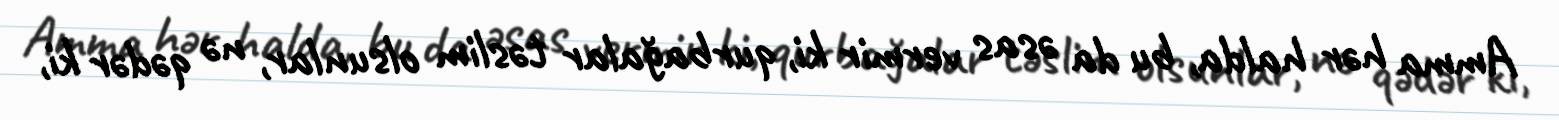
Amma hər halda, bu da əsas vermir ki, qurbağalar təslim olsunlar, nə qədər ki,